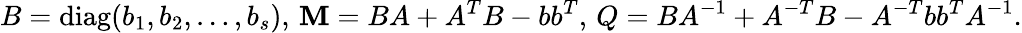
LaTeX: B=\operatorname{diag}(b_{1},b_{2},\ldots,b_{s}),\, \mathbf{M}=BA+A^{T}B-bb^{T},\, Q=BA^{-1}+A^{-T}B-A^{-T}bb^{T}A^{-1}.